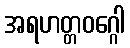
အရဟတ္တဝဂ္ဂေါ